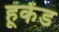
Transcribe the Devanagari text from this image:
हूकेंड